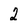
Character: 2